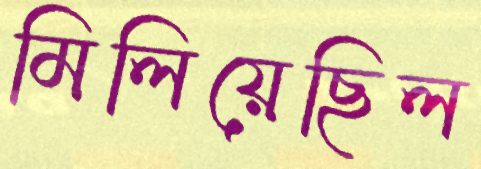
মিলিয়েছিল